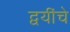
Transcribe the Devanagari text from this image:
द्वयींचे